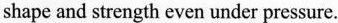
shape and strength even under pressure.